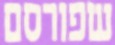
שפורסם